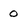
Character: 0